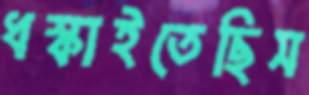
ধস্‌কাইতেছিস